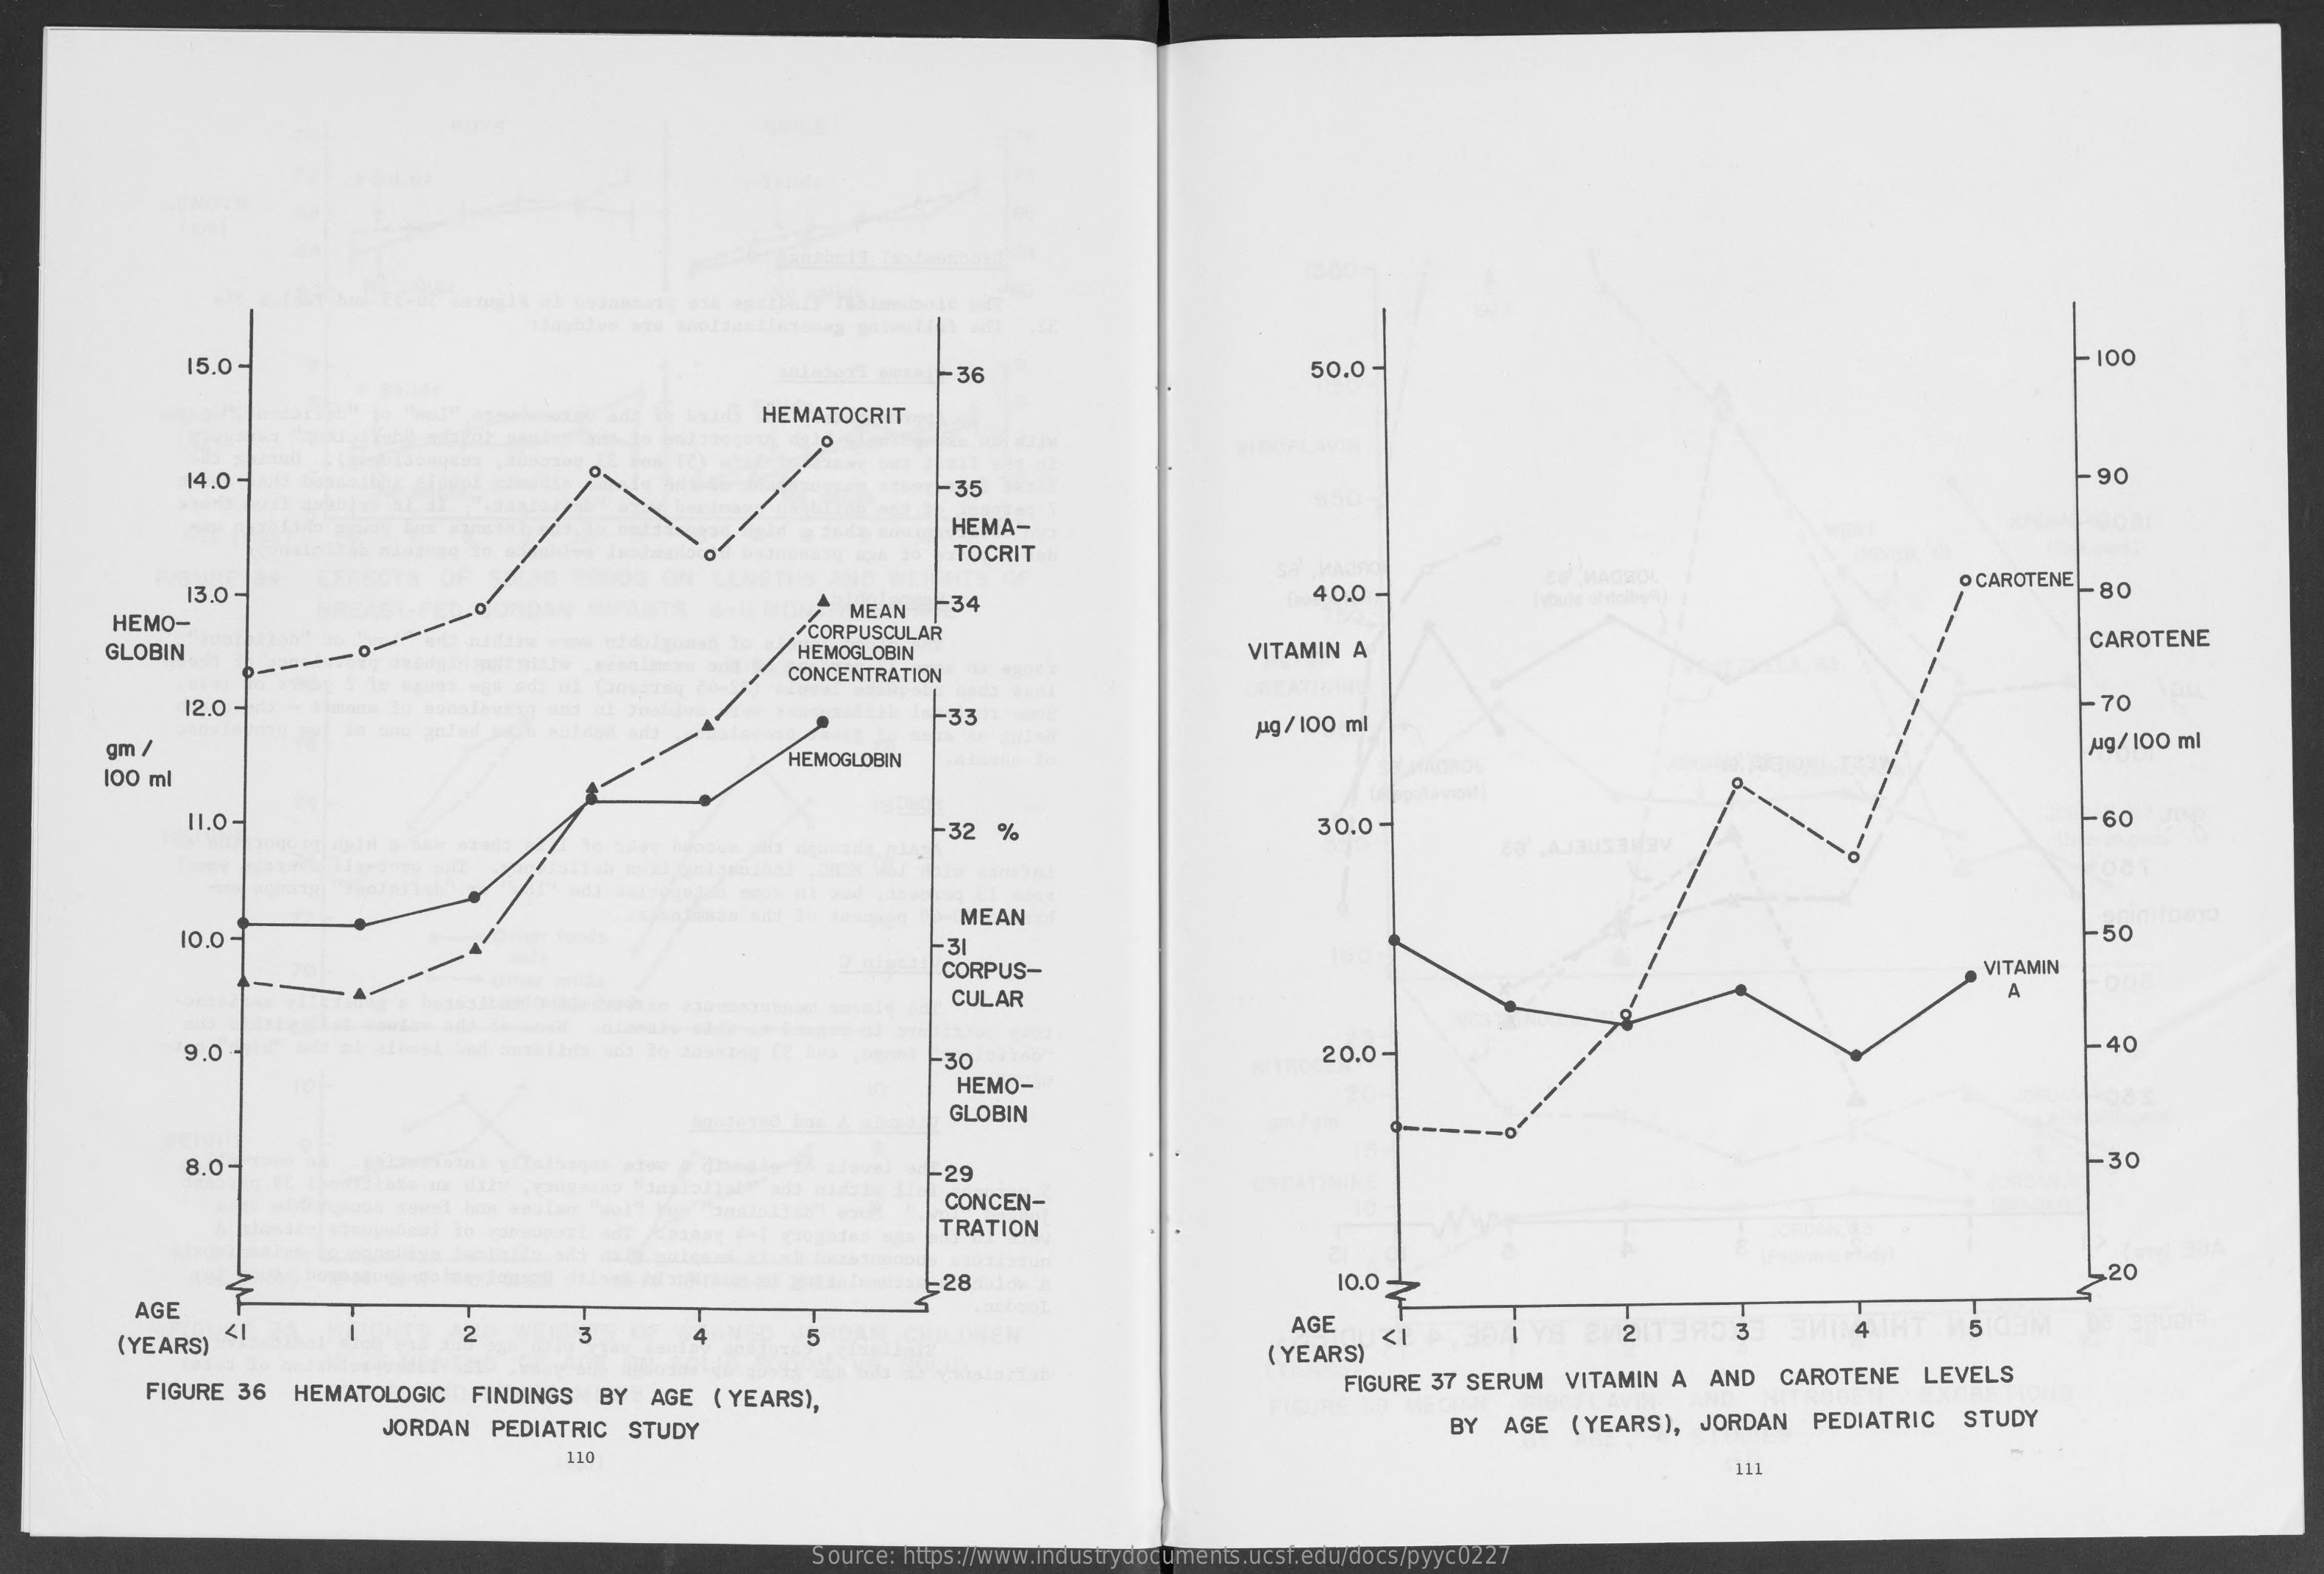
15.0 -    -36    50.0 -    - 100
     HEMATOCRIT
     0-
     14.0    35
     90
     HEMA-
     TOCRIT
     13.0
     O CAROTENE 80
     HEMO-
     MEAN   -34    40.0
     /CORPUSCULAR
     -----
     GLOBIN    HEMOGLOBIN    VITAMIN  A
     CAROTENE
     CONCENTRATION
     --------
     12.0    -33
     -- 70
     pg/100 ml
     gm /    wg/ 100 ml
     100 ml
     HEMOGLOBIN
     11.0    32   %    30.0    60
     10.0 -
     MEAN
     -31
     50
     CORPUS-    VITAMIN
     CULAR    A
     9.0    -30    20.0-    40
     HEMO-
     GLOBIN
     8.0.    -29    -- 30
     CONCEN-
     TRATION
     28    10.0    .20
     AGE
     (YEARS)
     <1    2    3    4    5
     AGE
     2    3    4    5
     ( YEARS)
     FIGURE 36   HEMATOLOGIC    FINDINGS  BY   AGE  ( YEARS),
     FIGURE 37 SERUM   VITAMIN  A  AND   CAROTENE    LEVELS
     JORDAN  PEDIATRIC   STUDY    BY  AGE  (YEARS),   JORDAN    PEDIATRIC    STUDY
     110
     Source: https://www.industrydocuments.ucsf.edu/docs/pyyc0227